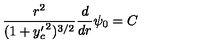
\frac { r ^ { 2 } } { ( 1 + { y _ { c } ^ { \prime } } ^ { 2 } ) ^ { 3 / 2 } } \frac { d } { d r } \psi _ { 0 } = C